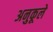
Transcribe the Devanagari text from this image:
अनुकूले